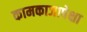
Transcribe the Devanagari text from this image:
कामकाजापेक्षा